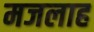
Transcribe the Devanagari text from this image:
मजलाह